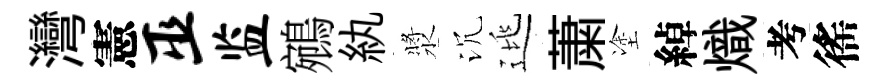
灣憲巫监鵷紈漿沉逃䔥塗綽熾考徭